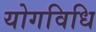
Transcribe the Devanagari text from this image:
योगविधि